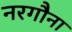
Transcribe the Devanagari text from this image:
नरगौना